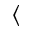
\langle